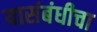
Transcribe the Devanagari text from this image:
यासंबंधीचा